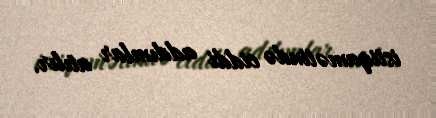
istiqamətində ciddi addımlar atılır.